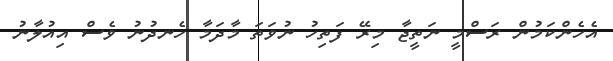
އެހެންކަމުން ރަސްމީ ނަތީޖާ މިރޭ ފަތިހު ނުވަތަ މާދަމާ ހެނދުނު ވެސް އިއުލާނު